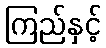
ကြည်နှင့်